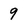
Character: 9